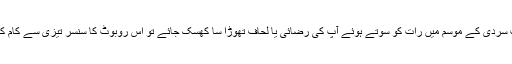
مثلاً اگر سخت سردی کے موسم میں رات کو سوتے ہوئے آپ کی رضائی یا لحاف تھوڑا سا کھسک جائے تو اِس روبوٹ کا سنسر تیزی سے کام کرنے لگے گا۔